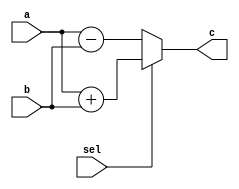
`timescale 1ns / 1ps
//////////////////////////////////////////////////////////////////////////////////
// Company: 
// Engineer: 
// 
// Design Name: 
// Module Name:    alu 
// Project Name: 
// Target Devices: 
// Tool versions: 
// Description: 
//
// Dependencies: 
//
// Revision: 
// Revision 0.01 - File Created
// Additional Comments: 
//
//////////////////////////////////////////////////////////////////////////////////
module alu(
		input [3:0] a,
		input [3:0] b,
		input sel,
		output reg [4:0] c
		
    );
	 
	always @ (a, b, sel) begin
		if(sel)
			c = a + b;
		else c = a - b;
	end

endmodule